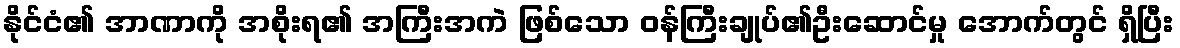
နိုင်ငံ၏ အာဏာကို အစိုးရ၏ အကြီးအကဲ ဖြစ်သော ဝန်ကြီးချုပ်၏ဦးဆောင်မှု အောက်တွင် ရှိပြီး